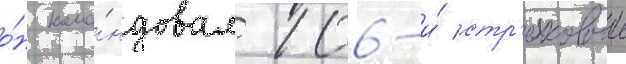
о́н кома́ндовал 106-и́ стр'елковои